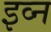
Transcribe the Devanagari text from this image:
इव्न